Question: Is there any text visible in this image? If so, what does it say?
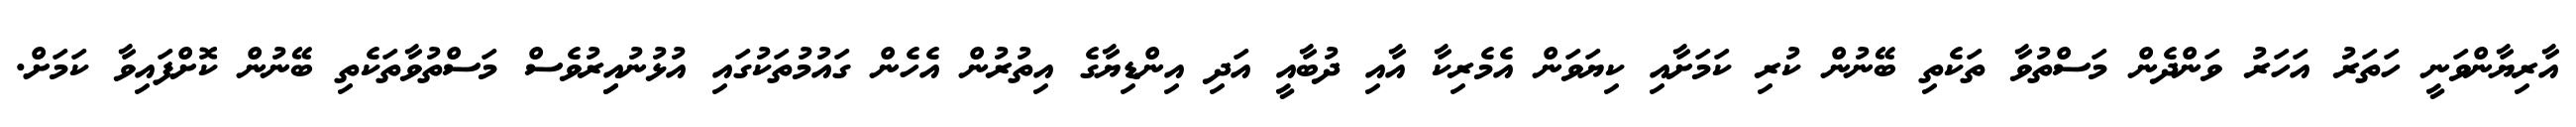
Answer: އާރިޔާންވަނީ ހަތަރު އަހަރު ވަންދެން މަސްތުވާ ތަކެތި ބޭނުން ކުރި ކަމަށާއި ކިޔަވަން އެމެރިކާ އާއި ދުބާއީ އަދި އިންޑިޔާގެ އިތުރުން އެހެން ގައުމުތަކުގައި އުޅުނުއިިރުވެސް މަސްތުވާތަކެތި ބޭނުން ކޮށްފައިވާ ކަމަށް.